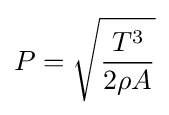
P={\sqrt {\frac {T^{3}}{2\rho A}}}